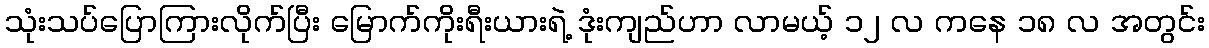
သုံးသပ်ပြောကြားလိုက်ပြီး မြောက်ကိုးရီးယားရဲ့ ဒုံးကျည်ဟာ လာမယ့် ၁၂ လ ကနေ ၁၈ လ အတွင်း